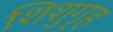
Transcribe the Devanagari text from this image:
शिशुगृह